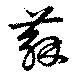
蘇